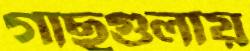
গাছগুলায়